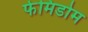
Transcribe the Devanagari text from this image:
फेमिडोम